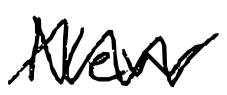
Text: New
Cross-out: zig-zag
Writing tool: digital_black